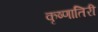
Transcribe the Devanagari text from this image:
कृष्णातिरी